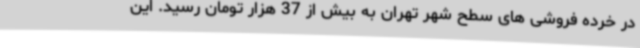
در خرده فروشی های سطح شهر تهران به بیش از 37 هزار تومان رسید. این